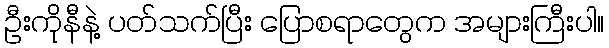
ဦးကိုနီနဲ့ ပတ်သက်ပြီး ပြောစရာတွေက အများကြီးပါ။